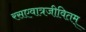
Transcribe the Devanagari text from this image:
रसएवात्रजीवितम्